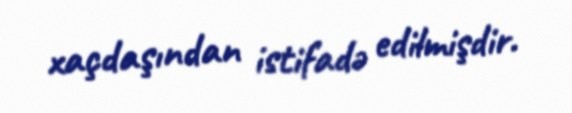
xaçdaşından istifadə edilmişdir.